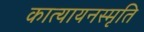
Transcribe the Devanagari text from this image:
कात्यायनस्मृति